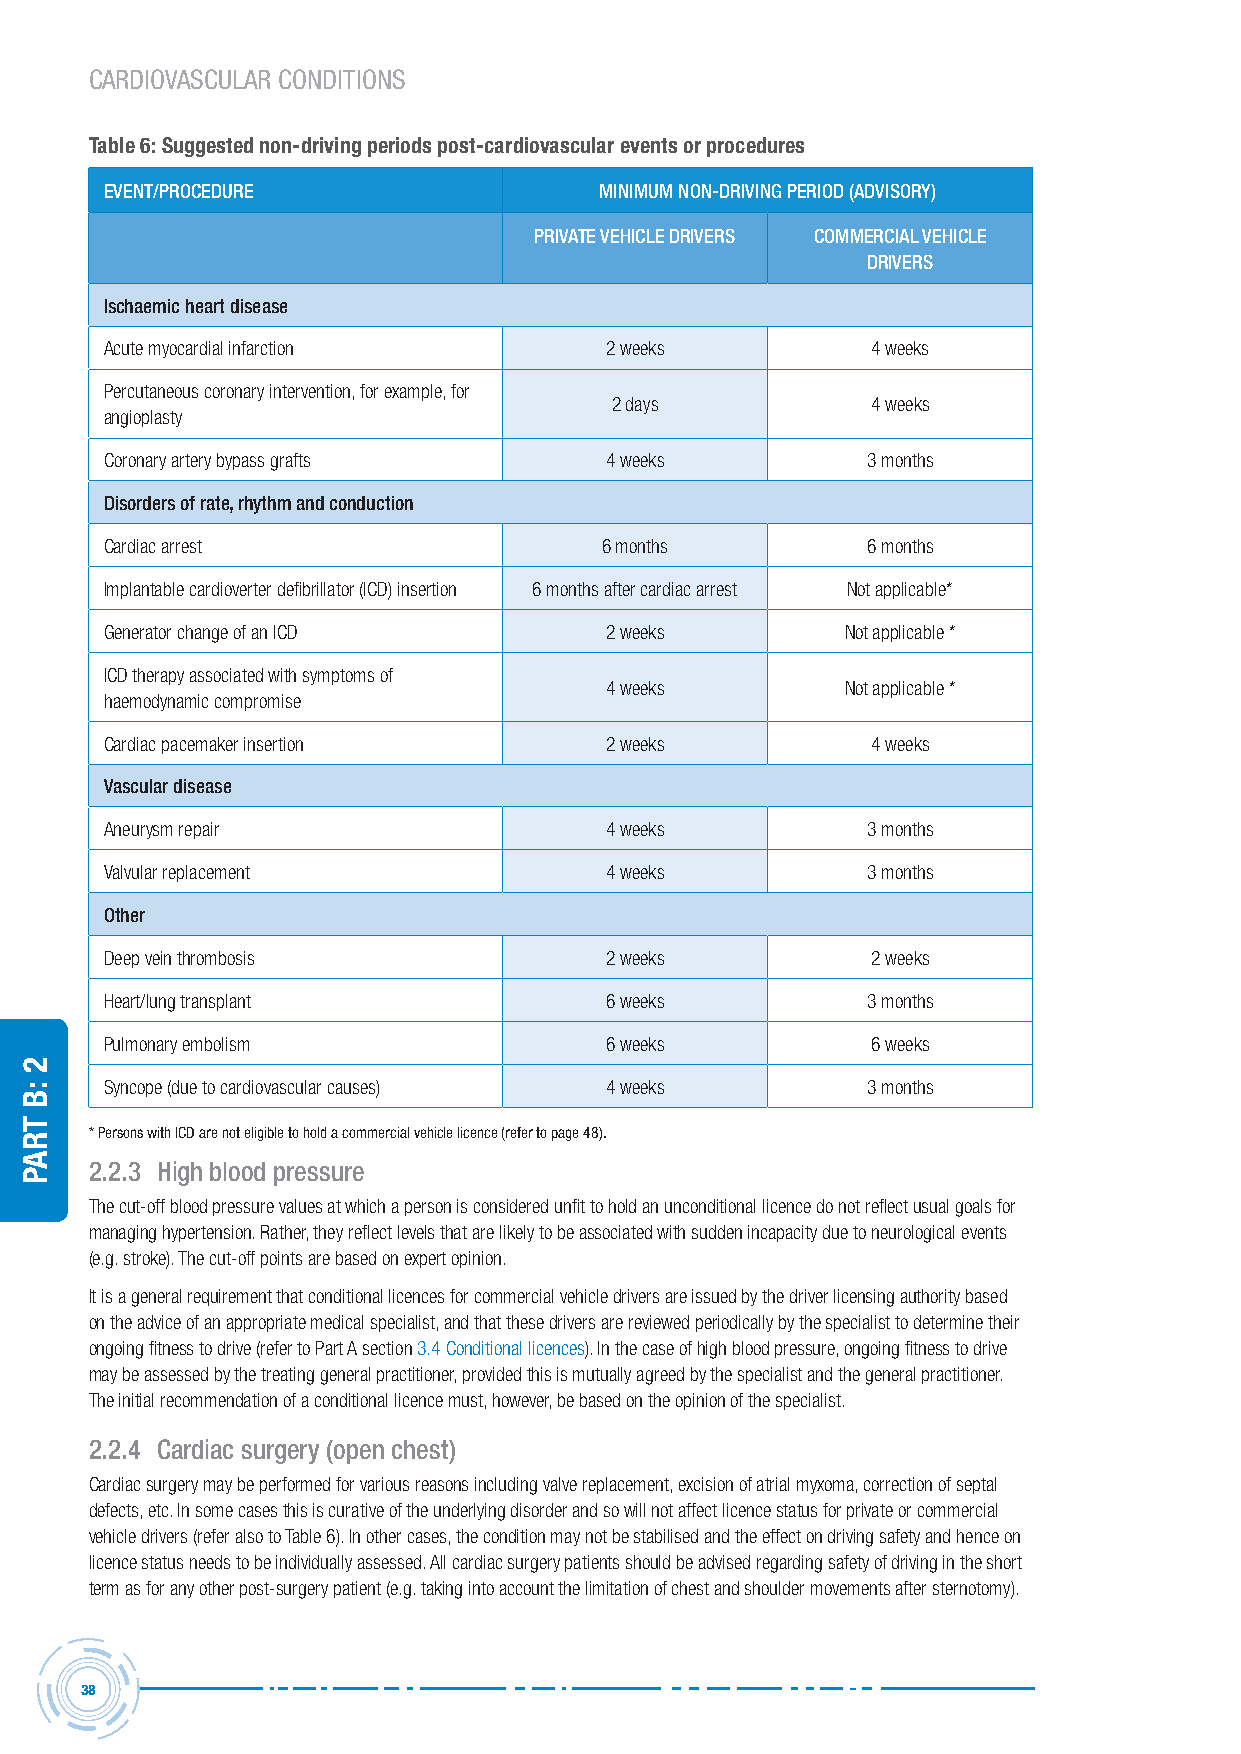
CARDIOVASCULAR CONDITIONS
 Table 6: Suggested non-driving periods post-cardiovascular events or procedures
 event/ProceDUre                  MiniMUM non-Driving PerioD (ADvisorY)
 PrivAte vehicLe Drivers coMMerciAL vehicLe
 Drivers
 ischaemic heart disease
 Acute myocardial infarction      2 weeks           4 weeks
 Percutaneous coronary intervention, for example, for
 2 days            4 weeks
 angioplasty
 Coronary artery bypass grafts    4 weeks          3 months
 Disorders of rate, rhythm and conduction
 Cardiac arrest                   6 months         6 months
 Implantable cardioverter defibrillator (ICD) insertion 6 months after cardiac arrest Not applicable*
 Generator change of an ICD       2 weeks         Not applicable *
 ICD therapy associated with symptoms of
 4 weeks         Not applicable *
 haemodynamic compromise
 Cardiac pacemaker insertion      2 weeks           4 weeks
 vascular disease
 Aneurysm repair                  4 weeks          3 months
 Valvular replacement             4 weeks          3 months
 other
 Deep vein thrombosis             2 weeks           2 weeks
 Heart/lung transplant            6 weeks          3 months
 Pulmonary embolism               6 weeks           6 weeks
 Syncope (due to cardiovascular causes) 4 weeks    3 months
 * Persons with ICD are not eligible to hold a commercial vehicle licence (refer to page 48).
 2.2.3 high blood pressure
 The cut-off blood pressure values at which a person is considered unfit to hold an unconditional licence do not reflect usual goals for
 managing hypertension. Rather, they reflect levels that are likely to be associated with sudden incapacity due to neurological events
 (e.g. stroke). The cut-off points are based on expert opinion.
 It is a general requirement that conditional licences for commercial vehicle drivers are issued by the driver licensing authority based
 on the advice of an appropriate medical specialist, and that these drivers are reviewed periodically by the specialist to determine their
 ongoing fitness to drive (refer to Part A section 3.4 Conditional licences). In the case of high blood pressure, ongoing fitness to drive
 may be assessed by the treating general practitioner, provided this is mutually agreed by the specialist and the general practitioner.
 The initial recommendation of a conditional licence must, however, be based on the opinion of the specialist.
 2.2.4 cardiac surgery (open chest)
 Cardiac surgery may be performed for various reasons including valve replacement, excision of atrial myxoma, correction of septal
 defects, etc. In some cases this is curative of the underlying disorder and so will not affect licence status for private or commercial
 vehicle drivers (refer also to Table 6). In other cases, the condition may not be stabilised and the effect on driving safety and hence on
 licence status needs to be individually assessed. All cardiac surgery patients should be advised regarding safety of driving in the short
 term as for any other post-surgery patient (e.g. taking into account the limitation of chest and shoulder movements after sternotomy).
 38
 2
 :B
 traP